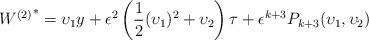
LaTeX: \begin{align*} {W^{(2)}}^*={\upsilon_1} {{y}} +\epsilon^{2}\left( \frac{1}{2}({\upsilon_1})^2+{\upsilon}_2\right) {\tau}+\epsilon^{k+3} P_{k+3} ({\upsilon}_1,{\upsilon}_2) \end{align*}